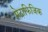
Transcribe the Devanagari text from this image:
मेटाफिजिक